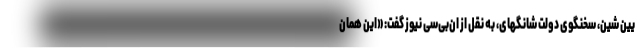
یین شین، سخنگوی دولت شانگهای، به نقل از ان‌بی‌سی نیوز گفت: «این همان